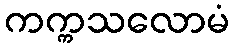
ကက္ကသလောမံ